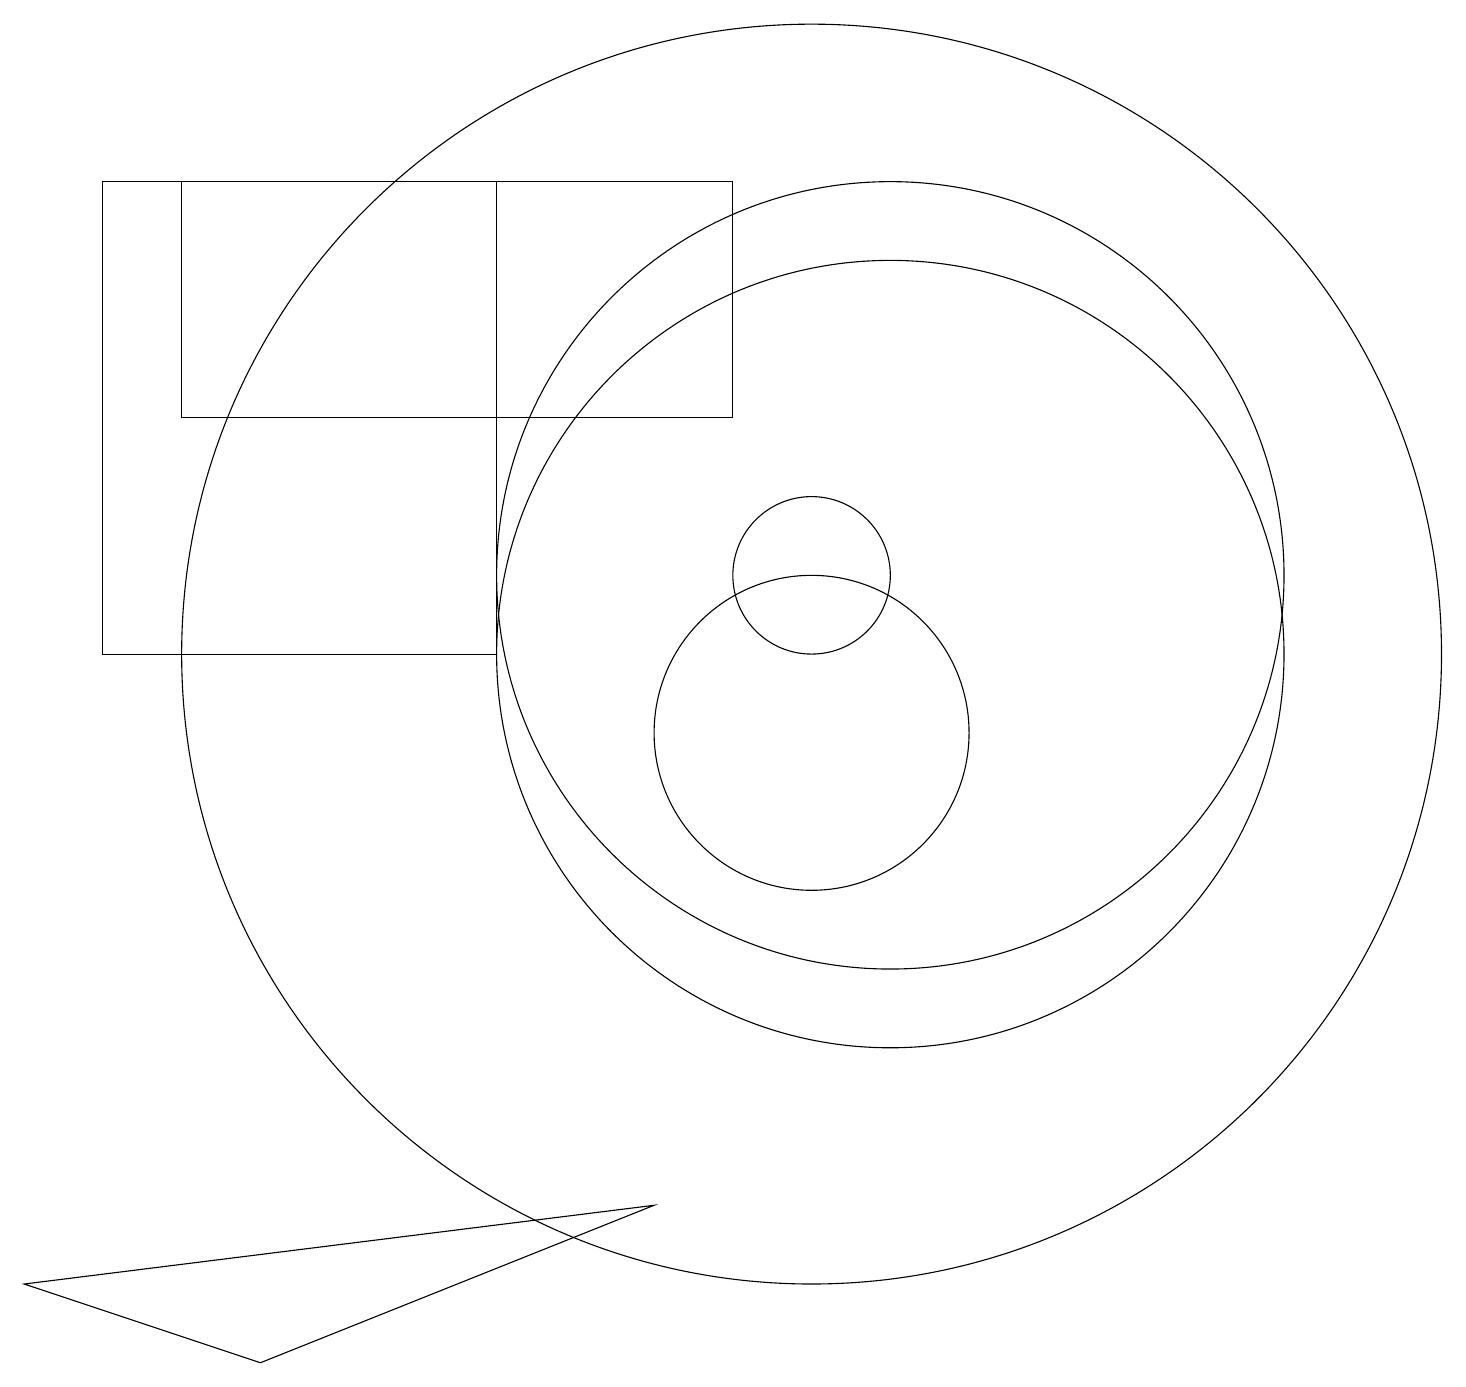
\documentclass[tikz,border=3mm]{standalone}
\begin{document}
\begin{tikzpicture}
\draw (11,12) circle (5);
\draw (9,17) rectangle (2,14);
\draw (11,11) circle (5);
\draw (10,11) circle (8);
\draw (10,12) circle (1);
\draw (3,2) -- (8,4) -- (0,3) -- cycle;
\draw (1,11) rectangle (6,17);
\draw (10,10) circle (2);
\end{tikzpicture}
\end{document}